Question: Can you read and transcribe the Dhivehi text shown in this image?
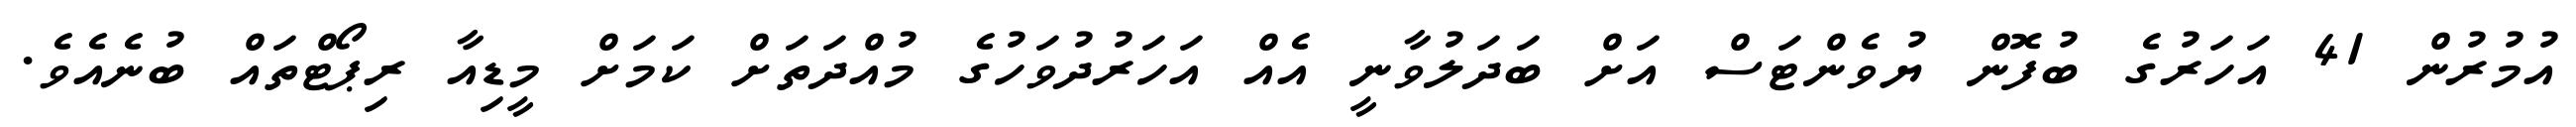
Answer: އުމުރުން 41 އަހަރުގެ ބުފޮން ޔުވެންޓަސް އަށް ބަދަލުވާނީ އެއް އަހަރުދުވަހުގެ މުއްދަތަށް ކަމަށް މީޑިއާ ރިޕޯޓްތައް ބުނެއެވެ.